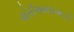
ચોરીઅમદાવાદની